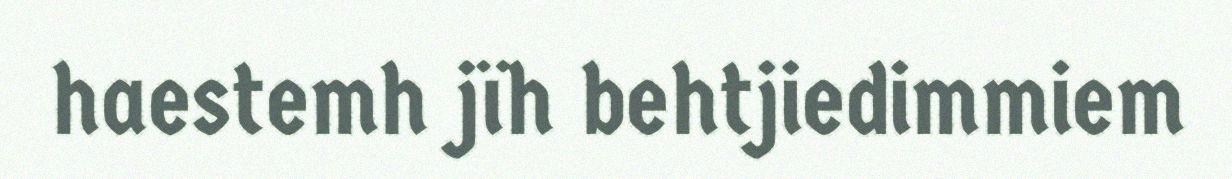
haestemh jïh behtjiedimmiem